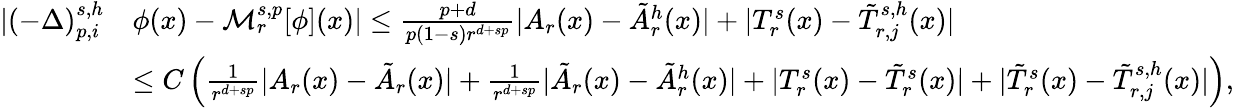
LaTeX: \begin{array}{rl}{|(-\Delta)_{p,i}^{s,h}}&{\phi(x)-\mathcal{M}_{r}^{s,p}[\phi](x)|\leq\frac{p+d}{p(1-s)r^{d+sp}}|A_{r}(x)-\tilde{A}_{r}^{h}(x)|+|T_{r}^{s}(x)-\tilde{T}_{r,j}^{s,h}(x)|}\\ &{\leq C\left(\frac{1}{r^{d+sp}}|A_{r}(x)-\tilde{A}_{r}(x)|+\frac{1}{r^{d+sp}}|\tilde{A}_{r}(x)-\tilde{A}_{r}^{h}(x)|+|T_{r}^{s}(x)-\tilde{T}_{r}^{s}(x)|+|\tilde{T}_{r}^{s}(x)-\tilde{T}_{r,j}^{s,h}(x)|\right),}\end{array}